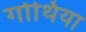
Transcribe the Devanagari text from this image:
गोथिया